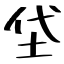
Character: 垈